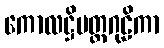
ကောလဋ္ဌိမတ္တဂုဠိကာ